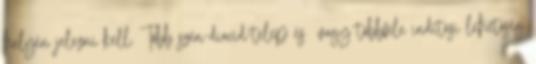
helyén jelezni kell. Több szén-dioxid-telep és vagy többféle indítási lehetõség